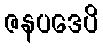
ဇနပဒေပိ